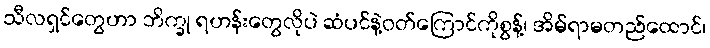
သီလရှင်တွေဟာ ဘိက္ခု ရဟန်းတွေလိုပဲ ဆံပင်နဲ့ဝတ်ကြောင်ကိုစွန့်၊ အိမ်ရာမတည်ထောင်၊